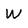
Character: W